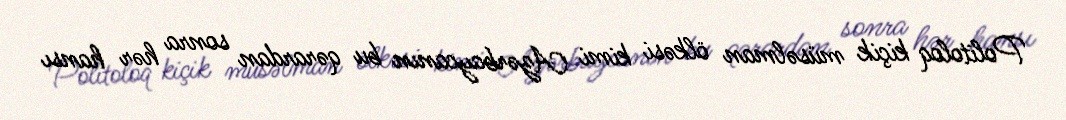
Politoloq kiçik müsəlman ölkəsi kimi Azərbaycanın bu qərardan sonra hər hansı